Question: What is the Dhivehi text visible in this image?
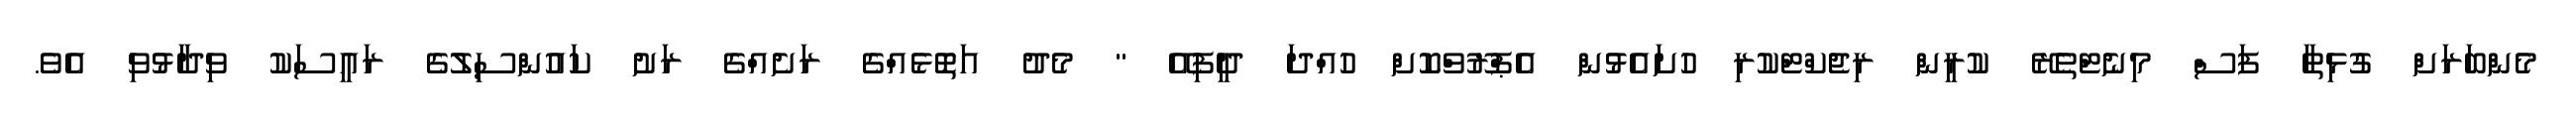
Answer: މެންބަރަށް ގުޅިތާ ފަސް މިނެޓްތެރޭ ކުރީން ރިޖެކްޓްކުރި ހުށައެޅުން އެޕްރޫވްކޮށް ހުއްދަ ދީފިއޭ " މެދު އަތޮޅެއްގެ ރަށެއްގެ ރަށު ކައުންސިލުގެ ރައީސަކު ވިދާޅުވި އެވެ.